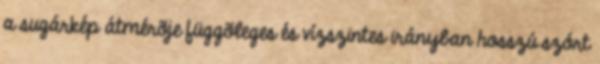
a sugárkép átmérõje függõleges és vízszintes irányban hosszú szórt